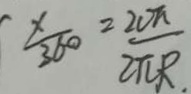
\frac { x } { 3 6 0 } = \frac { 2 0 \pi } { 2 \pi R . }